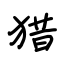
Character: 猎